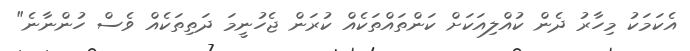
އެކަމަކު މިހާރު ދެން ކުއްލިއަކަށް ކަންތައްތަކެއް ކުރަން ޖެހުނީމަ ދަތިތަކެއް ވެސް ހުންނާނެ"